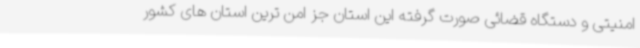
امنیتی و دستگاه قضائی صورت گرفته این استان جز امن ترین استان های کشور